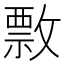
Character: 𢿖